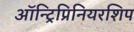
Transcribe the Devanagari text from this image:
ऑन्ट्रिप्रिनियरशिप